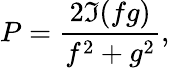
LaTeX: P=\frac{2\Im(fg)}{f^{2}+g^{2}},